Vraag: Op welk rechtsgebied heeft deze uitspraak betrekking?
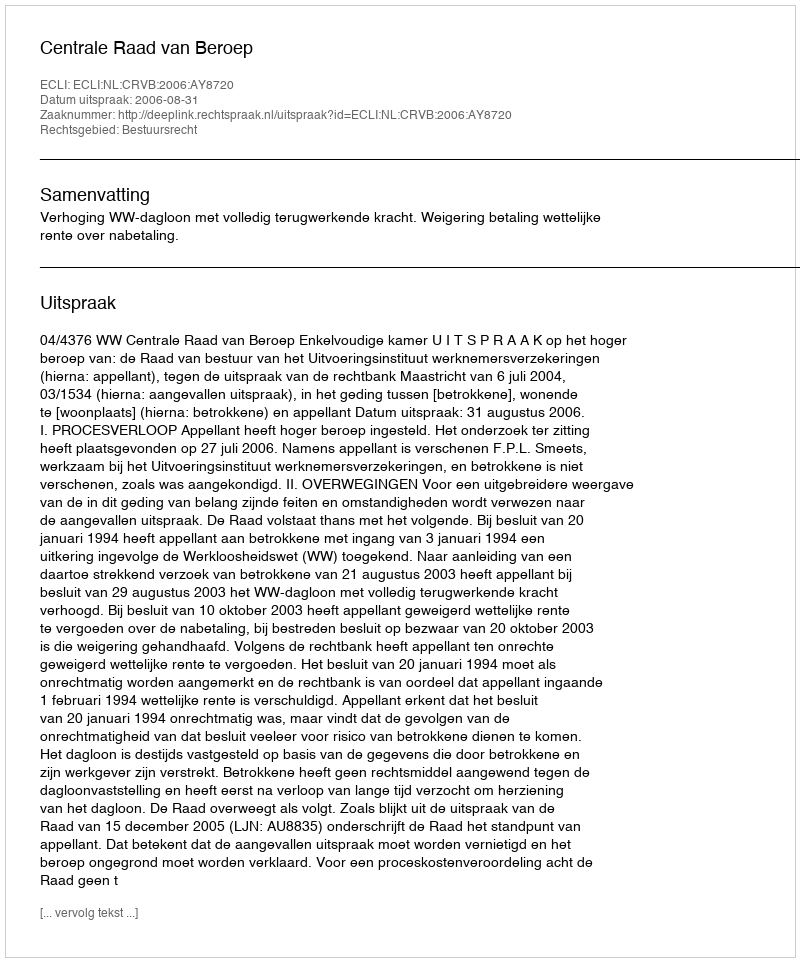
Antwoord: Bestuursrecht